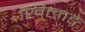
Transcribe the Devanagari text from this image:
खिलाड़े